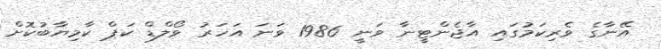
އޭނާގެ ވެރިކަމުގައި އާޖެންޓީނާ ވަނީ 1986 ވަނަ އަހަރު ވޯލްޑް ކަޕް ކާމިޔާބުކޮށް